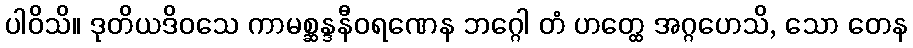
ပါဝိသိ။ ဒုတိယဒိဝသေ ကာမစ္ဆန္ဒနီဝရဏေန ဘဂ္ဂေါ တံ ဟတ္ထေ အဂ္ဂဟေသိ, သော တေန